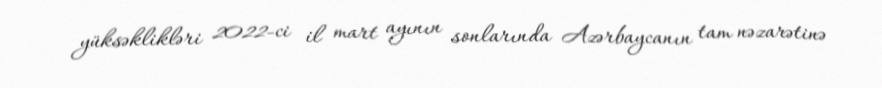
yüksəklikləri 2022-ci il mart ayının sonlarında Azərbaycanın tam nəzarətinə